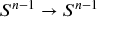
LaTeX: S ^ { n - 1 } \to S ^ { n - 1 }